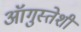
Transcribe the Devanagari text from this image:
ऑगुस्तेशी